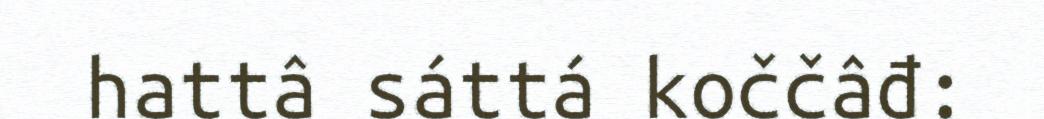
hattâ sáttá koččâđ: